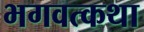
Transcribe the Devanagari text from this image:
भगवत्कथा